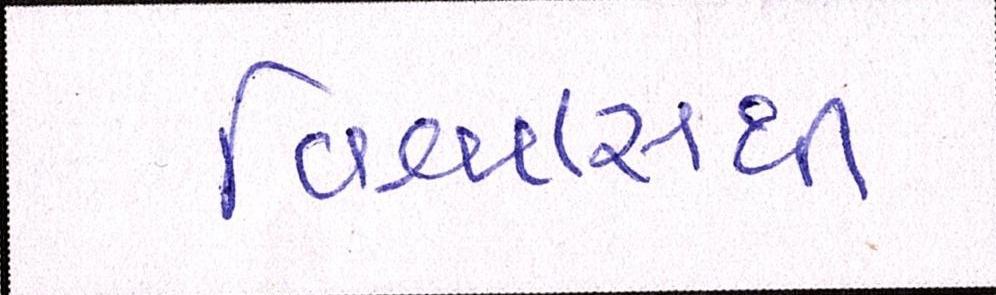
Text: વિશ્વાસથી